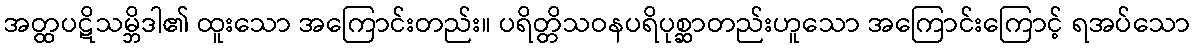
အတ္ထပဋိသမ္ဘိဒါ၏ ထူးသော အကြောင်းတည်း။ ပရိတ္တိသဝနပရိပုစ္ဆာတည်းဟူသော အကြောင်းကြောင့် ရအပ်သော